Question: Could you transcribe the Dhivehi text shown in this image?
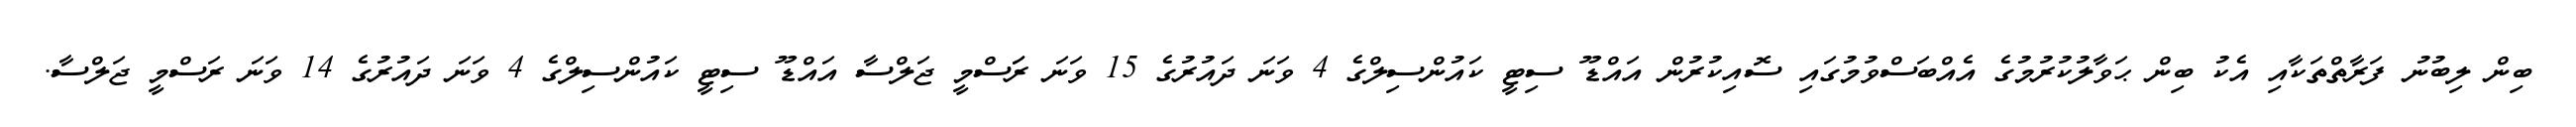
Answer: ބިން ލިބުނު ފަރާތްތަކާއި އެކު ބިން ޙަވާލުކުރުމުގެ އެއްބަސްވުމުގައި ސޮއިކުރުން އައްޑޫ ސިޓީ ކައުންސިލްގެ 4 ވަނަ ދައުރުގެ 15 ވަނަ ރަަސްމީ ޖަލްސާ އައްޑޫ ސިޓީ ކައުންސިލްގެ 4 ވަނަ ދައުރުގެ 14 ވަނަ ރަސްމީ ޖަލްސާ.